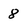
Character: 8